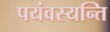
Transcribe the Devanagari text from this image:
पयंवस्यन्ति